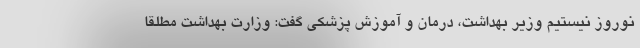
نوروز نیستیم وزیر بهداشت، درمان و آموزش پزشکی گفت: وزارت بهداشت مطلقا